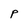
Character: P